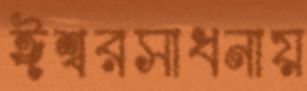
ঈশ্বরসাধনায়